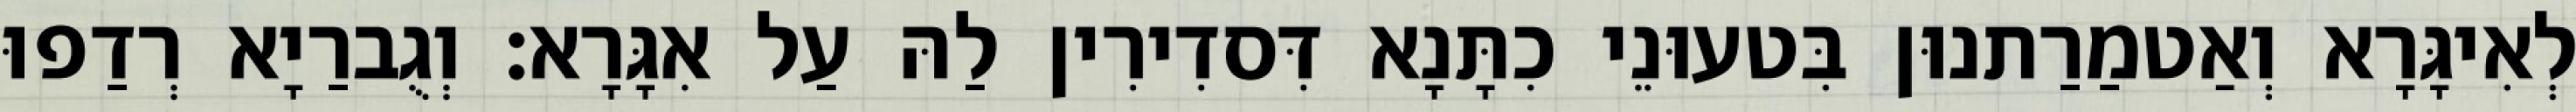
לְאִיגָּרָא וְאַטמַרַתנוּן בִּטעוּנֵי כִתָּנָא דִּסדִירִין לַהּ עַל אִגָּרָא׃ וְגֻברַיָא רְדַפוּ